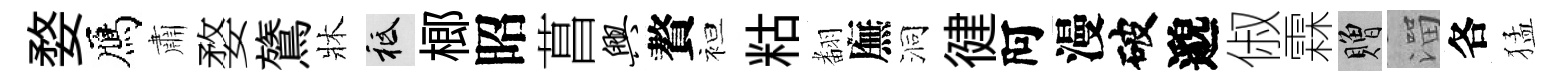
婺鴈肅婺鷟牀祇榔昭菖兴贅袒䊀𮋒廡洞徤阿漫破邈俶霖贈溜各猛